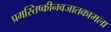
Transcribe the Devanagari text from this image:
प्रमस्तिष्कीनवजातकामला